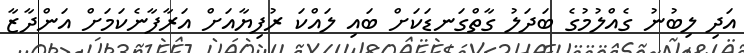
އަދި ލިބުނު ގެއްލުމުގެ ބަދަލު ގާތްގަނޑަކަށް ބައި ލައްކަ ރުފިޔާއަށް އަރާފާނެކަމަށް އަންދާޒާ